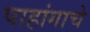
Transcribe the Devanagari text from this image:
पाहांगाचे